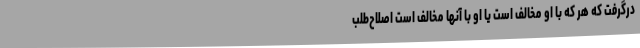
درگرفت که هر که با او مخالف است یا او با آنها مخالف است اصلاح‌طلب